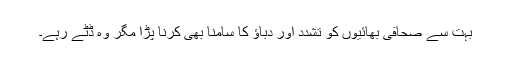
بہت سے صحافی بھائیوں کو تشدد اور دباﺅ کا سامنا بھی کرنا پڑا مگر وہ ڈٹے رہے۔